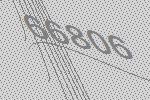
66806